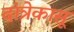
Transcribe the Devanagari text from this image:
दांत्रेकासू